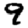
Digit: 9